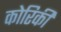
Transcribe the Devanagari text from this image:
कोरिकी